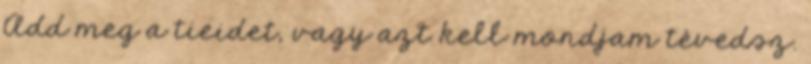
Add meg a tieidet, vagy azt kell mondjam tévedsz.